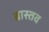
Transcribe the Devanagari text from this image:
बास्तव